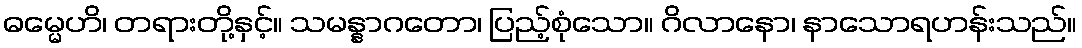
ဓမ္မေဟိ၊ တရားတို့နှင့်။ သမန္နာဂတော၊ ပြည့်စုံသော။ ဂိလာနော၊ နာသောရဟန်းသည်။